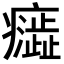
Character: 𭼷